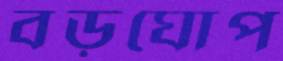
বড়ঘোপ